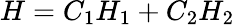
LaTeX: H=C_{1}H_{1}+C_{2}H_{2}